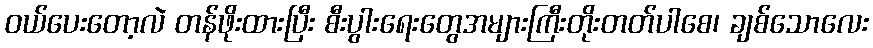
ဝယ်ပေးတော့လဲ တန်ဖိုးထားပြီး စီးပွါးရေးတွေအများကြီးတိုးတတ်ပါစေ၊ ချစ်သောလေး